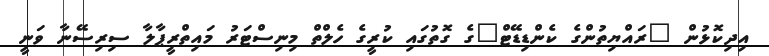
އިދިކޮޅުން "ރައްޔިތުންގެ ކެންޑިޑޭޓް"ގެ ގޮތުގައި ކުރީގެ ހެލްތް މިނިސްޓަރު މައިތްރީޕާލާ ސިރިސޭނާ ވަނީ